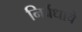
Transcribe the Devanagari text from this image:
निर्बंधाचे